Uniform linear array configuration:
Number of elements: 12
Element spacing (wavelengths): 0.5
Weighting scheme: exponential
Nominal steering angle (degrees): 60
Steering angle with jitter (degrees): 59.781
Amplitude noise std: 0.05
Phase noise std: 0.05

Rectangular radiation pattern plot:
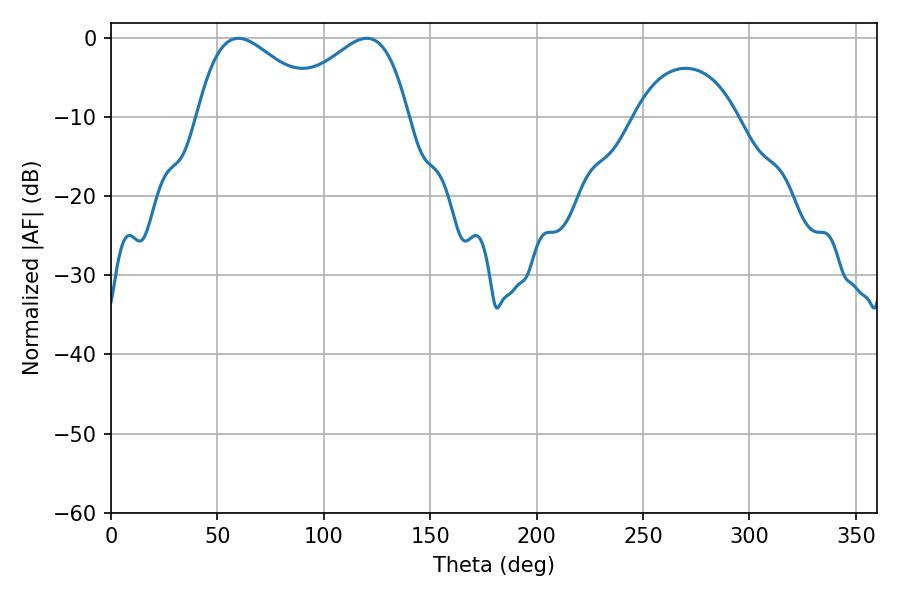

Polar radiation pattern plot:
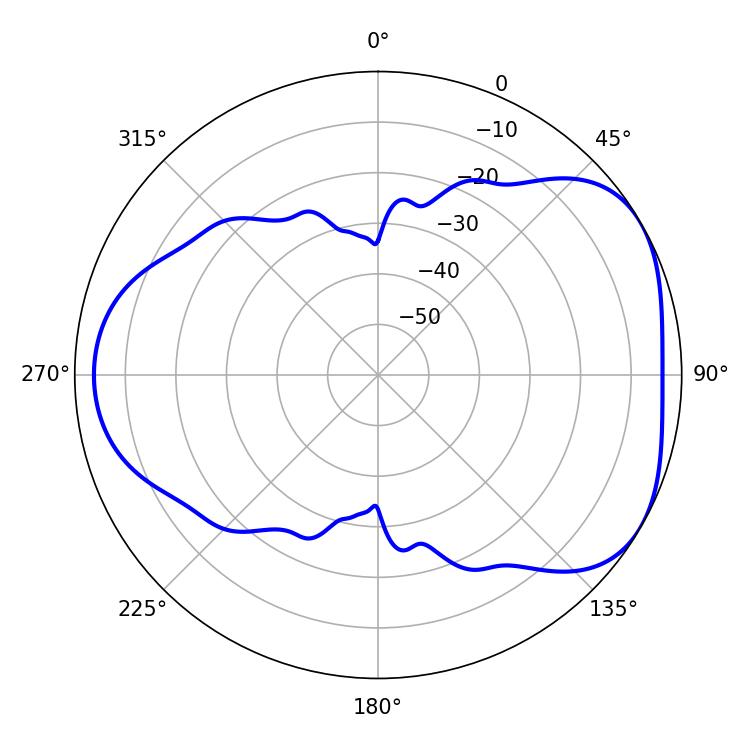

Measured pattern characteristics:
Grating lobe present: FALSE
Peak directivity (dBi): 4.456
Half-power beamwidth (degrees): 31.68
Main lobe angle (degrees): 59.76